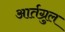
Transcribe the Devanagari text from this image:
आर्तग्रुल